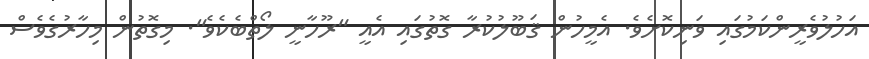
އަހުލުވެރީންކަމުގައި ވަނިކޮށެވެ. އެމީހުން ޤަބޫލުކުރާ ގޮތުގައި އެއީ "ރޫހާނީ ލޯތްބެކެވެ". މިގޮތުން މިހާރުގެވެސް